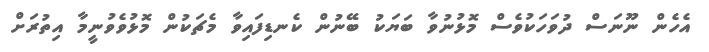
އެހެން ނޫނަސް ދުވަހަކުވެސް މޮޅުނުވާ ބަޔަކު ބޭނުން ކެނޑިފައިވާ މެޗަކުން މޮޅުވެވުނީމާ އިތުރަށް